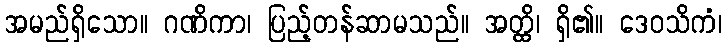
အမည်ရှိသော။ ဂဏိကာ၊ ပြည့်တန်ဆာမသည်။ အတ္ထိ၊ ရှိ၏။ ဒေဝသိကံ၊